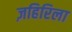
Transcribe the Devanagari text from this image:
ज़हिरिला